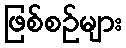
ဖြစ်စဉ်များ